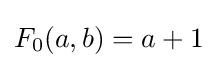
F_{0}(a,b)=a+1